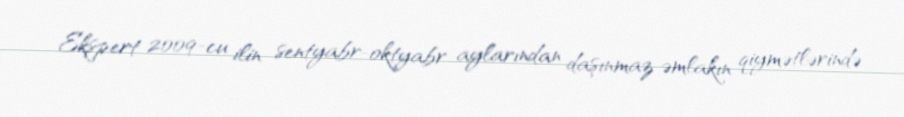
Ekspert 2009-cu ilin sentyabr-oktyabr aylarından daşınmaz əmlakın qiymətlərində